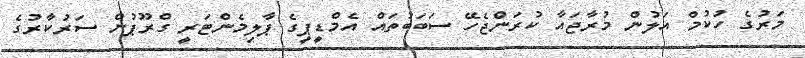
މަރުގެ ހުކުމް އަލުން މުރާޖައާ ކުރަންޖެހޭ ސަބަބުތައް އެމްޑީޕީގެ ޕާލިމެންޓަރީ ގްރޫޕުން ސަރުކާރުގެ